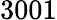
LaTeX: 3001